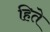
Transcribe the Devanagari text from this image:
हिते